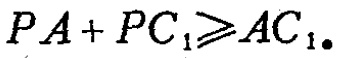
$PA + PC_{1}\geqslant AC_{1}.$